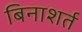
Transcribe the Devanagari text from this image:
बिनाशर्त